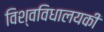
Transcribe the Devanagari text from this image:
विश्वविधालयकी